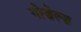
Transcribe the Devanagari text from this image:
गोज़ेल्ज़